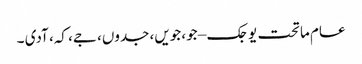
عام ماتحت یوجک – جو، جویں، جدوں، جے، کہ، آدی ۔